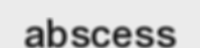
abscess